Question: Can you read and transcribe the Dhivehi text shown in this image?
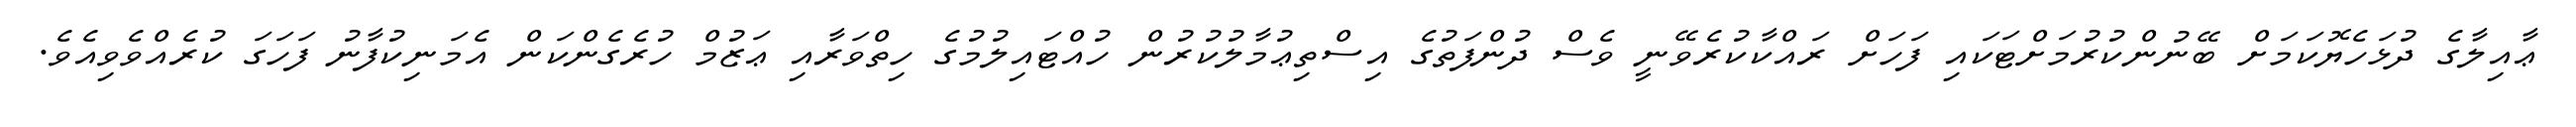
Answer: ޢާއިލާގެ ދުޅަހެޔޮކަމަށް ބޭނުންކުރުމަށްޓަކައި ފަހަށް ރައްކާކުރެވޭނީ ވެސް ދުންފަތުގެ އިސްތިޢުމާލުކުރުން ހުއްޓައިލުމުގެ ހިތްވަރާއި ޢަޒުމް ހުރެގެންކަން އެމަނިކުފާނު ފަހަގަ ކުރެއްވެވިއެވެ.